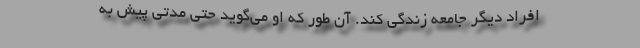
افراد دیگر جامعه زندگی کند. آن‌ طور که او می‌گوید حتی مدتی پیش به‌